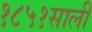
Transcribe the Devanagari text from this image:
१८५१साली